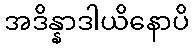
အဒိန္နာဒါယိနောပိ